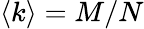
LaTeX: \langle k\rangle=M/N